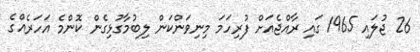
26 ޖުލައި 1965 ގައި ރާއްޖެއަށް ފުރިހަމަ މިނިވަންކަން ލިބުމާގުޅިގެން ކޮންމެ އަހަރެއްގެ